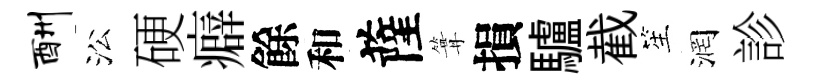
酬㳂硬癖餘和薩篝損驢截笙润診